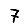
Digit: 7